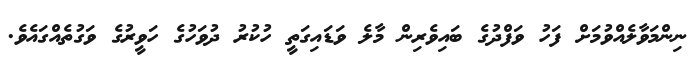
ނިންމަވާލެއްވުމަށް ފަހު ވަފްދުގެ ބައިވެރިން މާލެ ވަޑައިގަތީ ހުކުރު ދުވަހުގެ ހަވީރުގެ ވަގުތެއްގައެވެ.